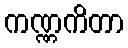
ကဏ္ဏကိတာ